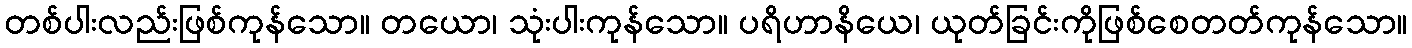
တစ်ပါးလည်းဖြစ်ကုန်သော။ တယော၊ သုံးပါးကုန်သော။ ပရိဟာနိယေ၊ ယုတ်ခြင်းကိုဖြစ်စေတတ်ကုန်သော။